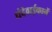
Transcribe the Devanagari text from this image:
धंदेवाईकानें